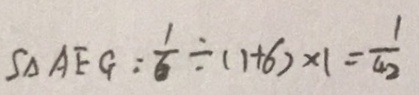
S _ { \Delta } A E G = \frac { 1 } { 6 } \div ( 1 + 6 ) \times 1 = \frac { 1 } { 4 2 }